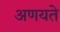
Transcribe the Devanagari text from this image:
अणयते